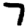
Digit: 7